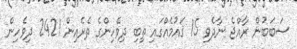
ސަބަބުން ރާއްޖެ ނާދެވި 15 ޤައުމެއްގައި ތިބި ދިވެހިންގެ ތެރެއިން 2421 ދިވެހިން